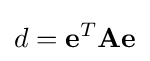
d=\mathbf {e} ^{T}\mathbf {A} \mathbf {e}